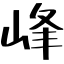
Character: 峰